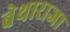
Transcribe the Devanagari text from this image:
बेथाराजा